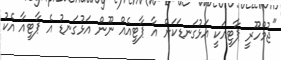
"ޖުމްހޫރީ ޕާޓީއަކީ އަޅުގަނޑަކަށް އާ ޕާޓީއެއް ނޫން އަޅުގަނޑު އެ ޕާޓީއާ އެކު